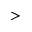
>